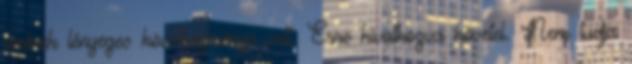
aminek lényeges következménye volt. Erre hivatkozva követel. Nem tudja